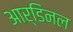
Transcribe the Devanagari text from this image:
आर्डिनल